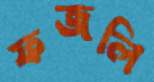
ফজলি